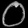
Digit: ၀